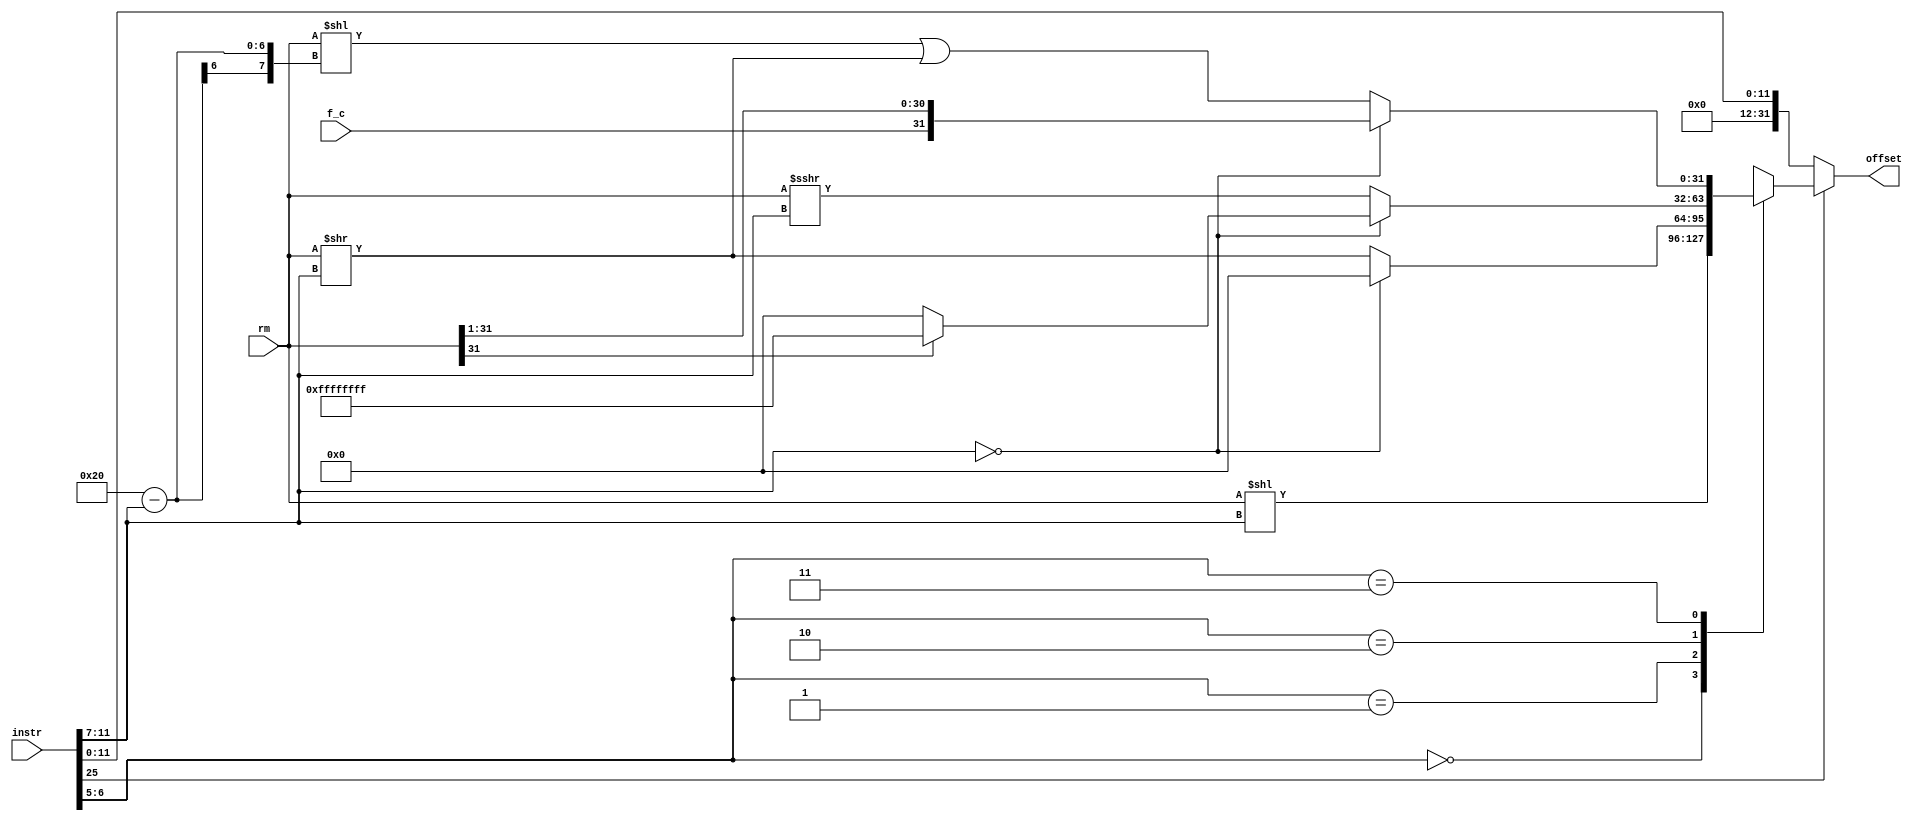
module admode2_shifter(
	input [31:0]instr,
	input [31:0]rm,
	input f_c,
	output reg [31:0]offset
);

task rotate;
input [31:0]a;
input [4:0]b;
output [31:0]o;
begin
	o = (a << (8'd32 - b)) | (a >> b); 
end
endtask

wire I = instr[25];
wire [4:0]shift_imm = instr[11:7];
wire [1:0]shift = instr[6:5];

always @(*) begin
	if(I == 1'b0) offset = {20'h0, instr[11:0]};
	else begin
		case(shift)
			2'b00: offset = rm << shift_imm;
			2'b01: begin
				if(shift_imm == 5'h0) offset = 32'h0;
				else offset = rm >> shift_imm;
			end
			2'b10: begin
				if(shift_imm == 5'h0) begin
					if(rm[31] == 1'b1) offset = 32'hffffffff;
					else offset = 32'h0;
				end else offset = $signed(rm) >>> shift_imm;
			end
			2'b11: begin
				if(shift_imm == 5'h0) offset = {f_c, rm[31:1]};
				else rotate(rm, shift_imm, offset);
			end
			default: offset = 32'h0;
		endcase
	end
end

endmodule